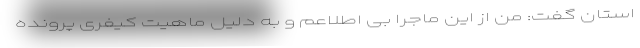
استان گفت: من از این ماجرا بی اطلاعم و به دلیل ماهیت کیفری پرونده